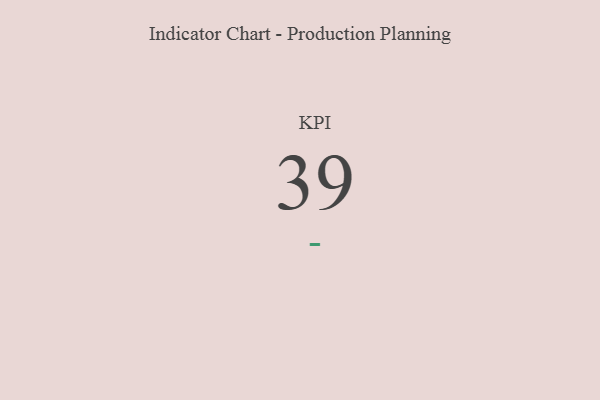
{"axis": {"x": "KPI", "y": "Value"}, "legend": [""], "data": [{"x": "KPI", "y": 39, "type": ""}]}